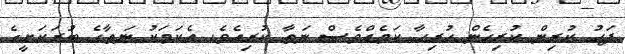
ފަހު ކުރިން ކުރިހެން ހުރިހާ ކަމެއްވެސް ނަތާ ކުރިއެވެ. އެކަމަކު ނަތާާގެ ބުރަކަށީގެ